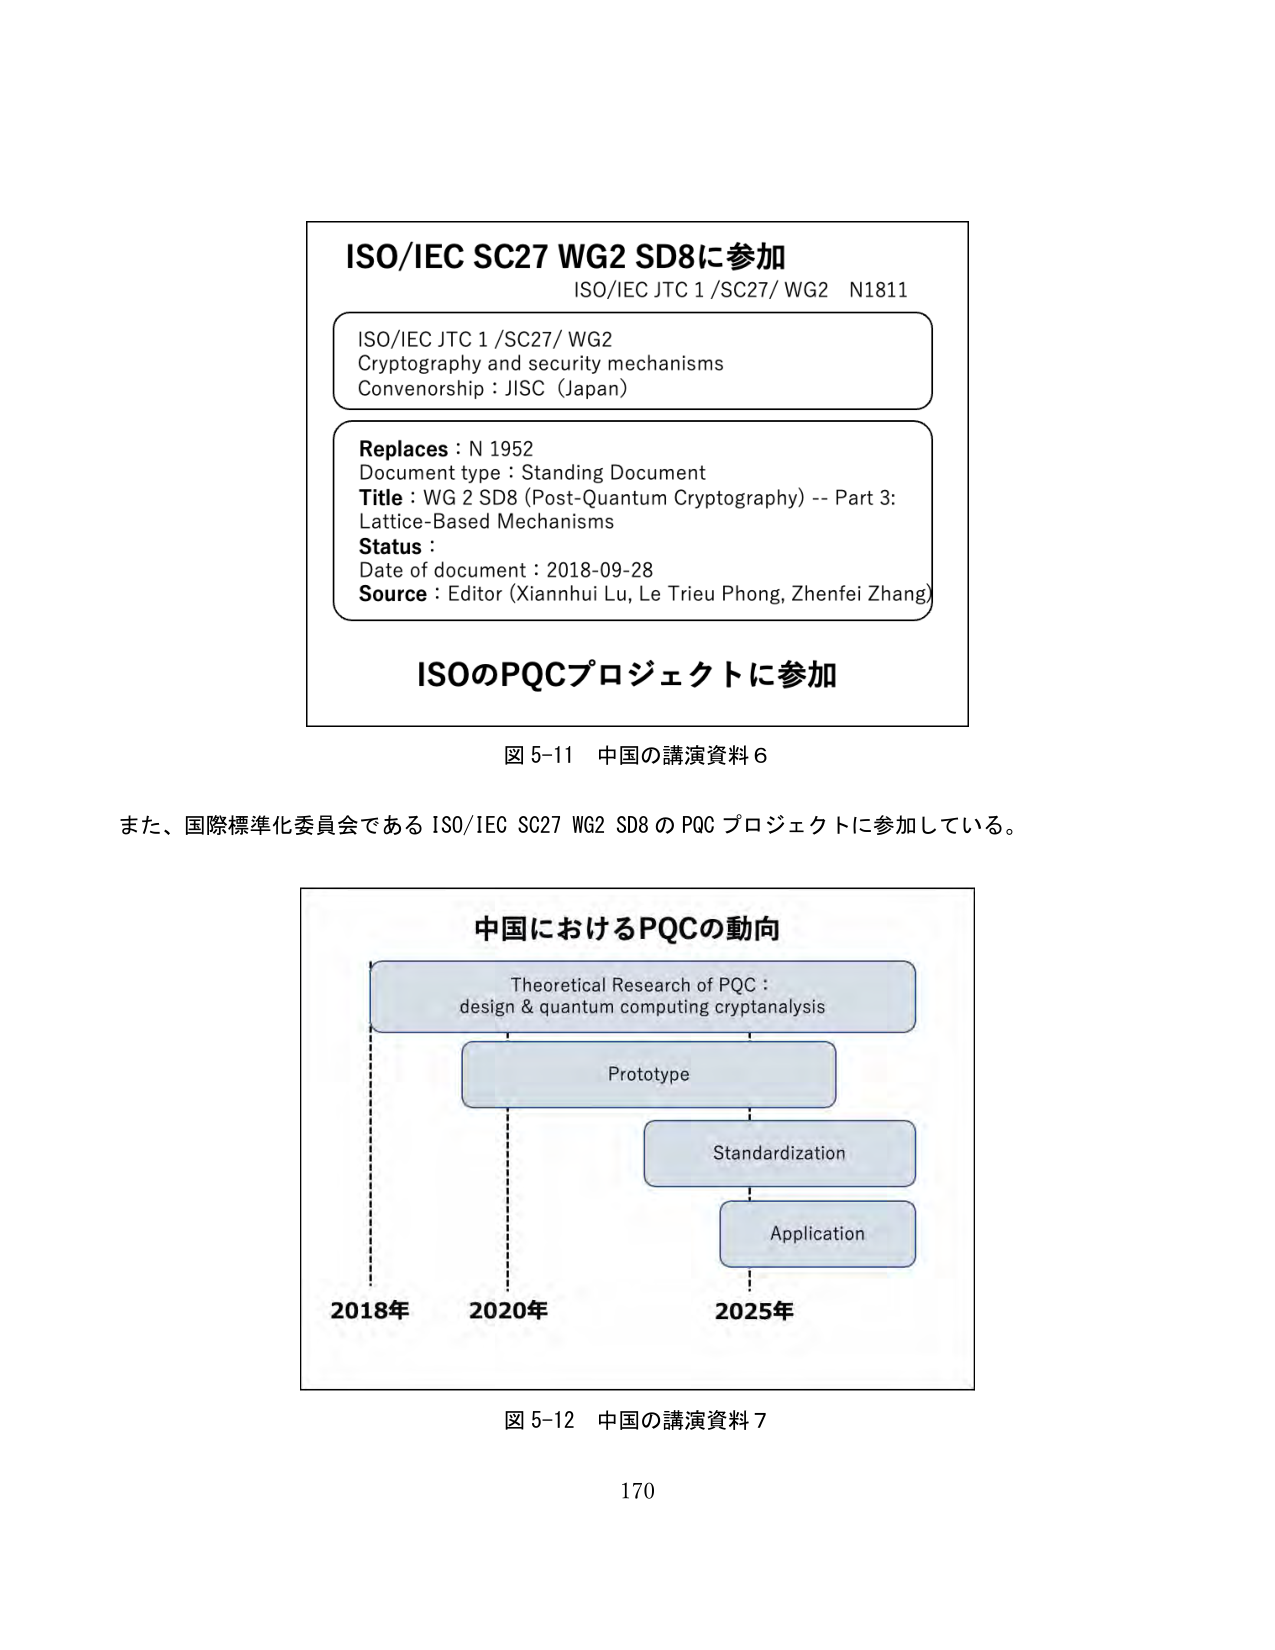
ISO/IEC SC27 WG2 SD8に参加
ISO/IEC JTC 1 /SC27/ WG2 N1811
ISO/IEC JTC 1 /SC27/ WG2
Cryptography and security mechanisms
Convenorship : JISC (Japan)
Replaces : N 1952
Document type : Standing Document
Title : WG 2 SD8 (Post-Quantum Cryptography) -- Part 3:
Lattice-Based Mechanisms
Status :
Date of document : 2018-09-28
Source : Editor (Xiannhui Lu, Le Trieu Phong, Zhenfei Zhang)
ISOのPQCプロジェクトに参加
図 5-11 中国の講演資料 6
また、国際標準化委員会である ISO/IEC SC27 WG2 SD8 の PQC プロジェクトに参加している。
中国におけるPQCの動向
Theoretical Research of PQC :
design & quantum computing cryptanalysis
Prototype
Standardization
Application
2018年 2020年 2025年
図 5-12 中国の講演資料 7
170